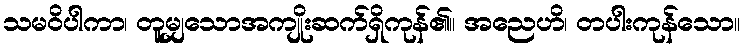
သမဝိပါကာ၊ တူမျှသောအကျိုးဆက်ရှိကုန်၏။ အညေဟိ၊ တပါးကုန်သော။